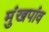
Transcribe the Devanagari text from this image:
मुंखपांव